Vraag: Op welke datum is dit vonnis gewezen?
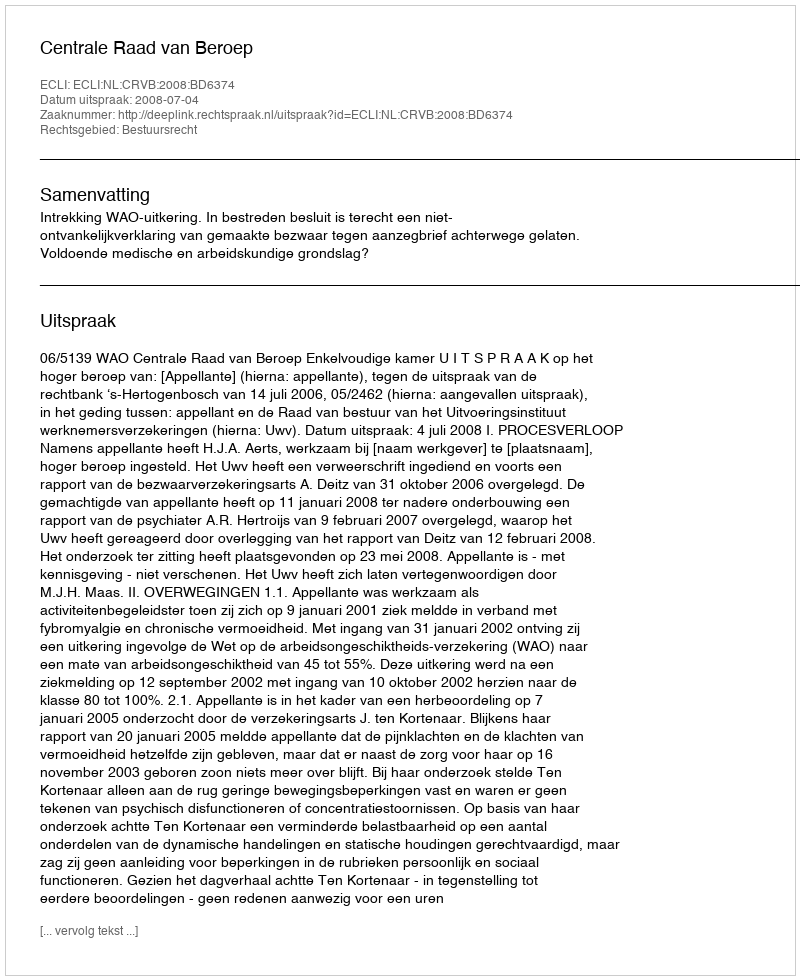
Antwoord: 2008-07-04